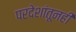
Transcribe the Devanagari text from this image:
परदेशांतूनही